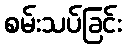
စမ်းသပ်ခြင်း